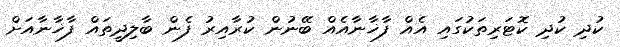
ކުދި ކުދި ކޮޓަރިތަކުގައި އެއް ފާޚާނާއެއް ބޭނުން ކުރާއިރު ފެން ބާލިދީތައް ފާޚާނާއަށް